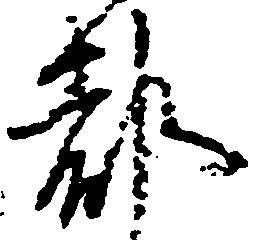
都